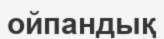
ойпандық